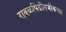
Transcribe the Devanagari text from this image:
रावळपिंडीनजीकच्या